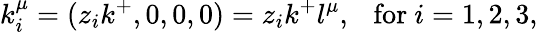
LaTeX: k_{i}^{\mu}=(z_{i}k^{+},0,0,0)=z_{i}k^{+}l^{\mu},\ \ \ \mathrm{for}\ i=1,2,3,